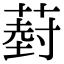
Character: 𮐦